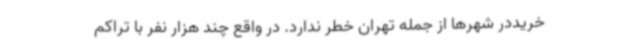
خریددر شهرها از جمله تهران خطر ندارد. در واقع چند هزار نفر با تراکم